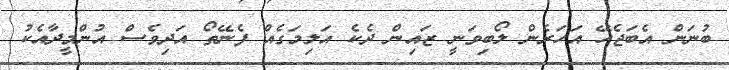
ބުނަން އެބަޖެހޭ އަހަރެން ލޯބިވަނީ ޒައިން ދެކެ އަލިމަގެއް ފެނޭތޯ އަދިވެސް އުންމީދާއެކު